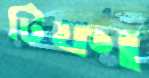
টিফা